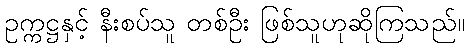
ဥက္ကဋ္ဌနှင့် နီးစပ်သူ တစ်ဦး ဖြစ်သူဟုဆိုကြသည်။